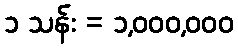
၁ သန်း = ၁,၀၀၀,၀၀၀